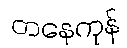
တနေကုန်